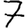
Digit: 7